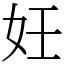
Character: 妊